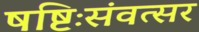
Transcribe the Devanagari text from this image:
षष्टिःसंवत्सर